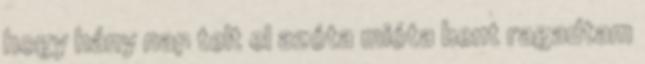
hogy hány nap telt el azóta mióta bent ragadtam